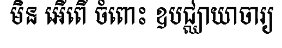
មិន អើពើ ចំពោះ ឧបជ្ឈាយាចារ្យ